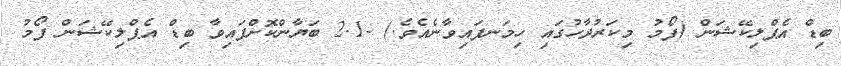
ބިޑް އެޕްލިކޭޝަން (ފޯމު މިކަރުދާހުގައި ހިމަނފައިވާނެއެވެ.) -2.1 ބަޔާންކޮށްފައިވާ ބިޑް އެޕްލިކޭޝަން ފޯމު